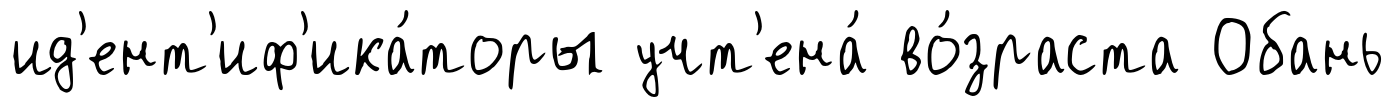
ид'ент'иф'ика́торы учт'ена́ во́зраста Обань